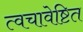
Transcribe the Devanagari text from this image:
त्वचावेष्टित